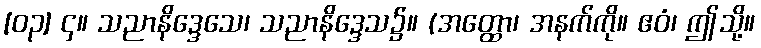
[၀၃] ၄။ သညာနိဒ္ဒေသေ၊ သညာနိဒ္ဒေသ၌။ (အတ္ထော၊ အနက်ကို။ ဧဝံ၊ ဤသို့။